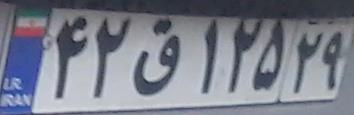
۴۲ق۱۲۵۲۹